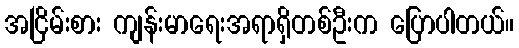
အငြိမ်းစား ကျန်းမာရေးအရာရှိတစ်ဦးက ပြောပါတယ်။